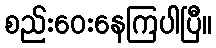
စည်းဝေးနေကြပါပြီ။